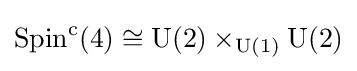
\operatorname {Spin} ^{\mathrm {c} }(4)\cong \operatorname {U} (2)\times _{\operatorname {U} (1)}\operatorname {U} (2)